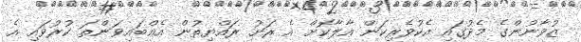
ޒުވާނުންގެ މެދުގައި އެކުވެރިކަން އާލާކޮށް އެ ރަށު ރައްޔިތުން އެއްބައިވަންތަ ކުރުވައި އެ